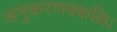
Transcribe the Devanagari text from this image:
अनुकरणक्कळि।